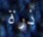
ذرة